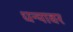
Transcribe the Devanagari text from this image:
धन्यावर